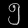
Digit: ၅